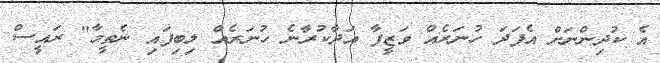
އެ ކުދިންނަށް އެފަދަ ހުނަރެއް ވަޒީފާ އަދާކުރާނެ ހުނަރެއް ލިބިފައި ނެތީމާ" ރައީސް